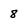
Character: 8